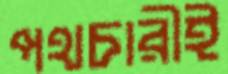
পথচারীই